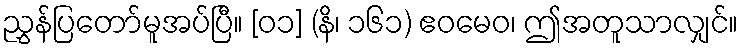
ညွှန်ပြတော်မူအပ်ပြီ။ [၀၁] (နိ၊ ၁၆၁) ဧဝမေဝ၊ ဤအတူသာလျှင်။